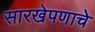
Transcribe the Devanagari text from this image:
सारखेपणाचे